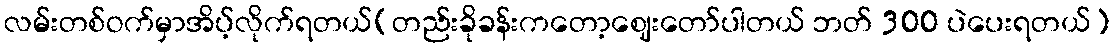
လမ်းတစ်ဝက်မှာအိပ့်လိုက်ရတယ်(တည်းခိုခန်းကတော့ဈေးတော်ပါတယ် ဘတ် 300 ပဲပေးရတယ်)